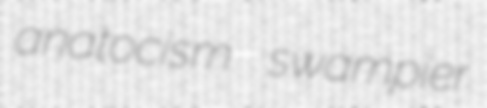
anatocism swampier